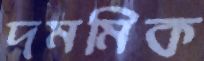
দমমিক